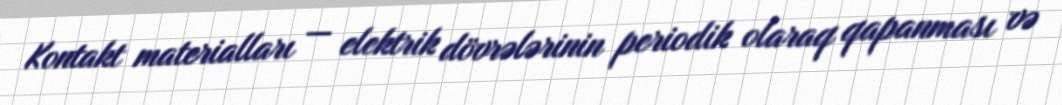
Kontakt materialları — elektrik dövrələrinin periodik olaraq qapanması və